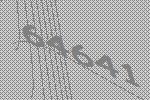
64641